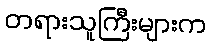
တရားသူကြီးများက